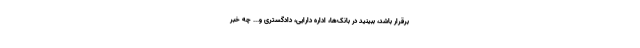
برقرار باشد، ببینید در بانک‌ها، اداره دارایی، دادگستری و... چه خبر